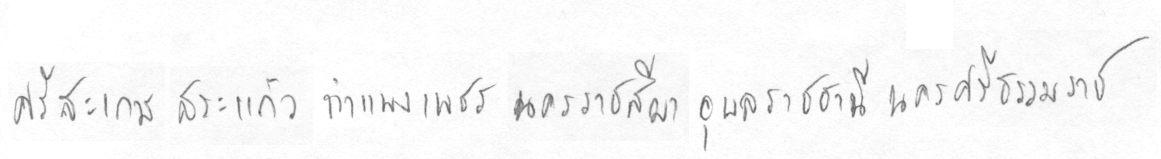
ศรีสะเกษสระแก้วกำแพงเพชรนครราชสีมาอุลราชธานีนครศรีธรรมราช